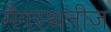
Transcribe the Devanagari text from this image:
मैगस्थनीज़